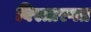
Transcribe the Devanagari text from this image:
विस्तारगत